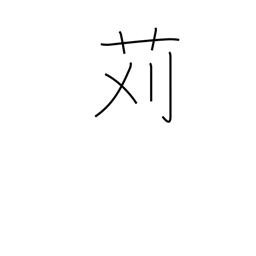
Meaning: cutting (grass)